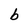
Character: b